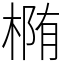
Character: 椭